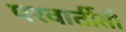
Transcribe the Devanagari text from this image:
परवार्तीती